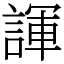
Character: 諢